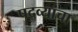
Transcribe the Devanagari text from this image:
पदव्यांचा